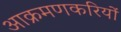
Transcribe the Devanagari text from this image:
आक्रमणकरियों